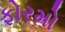
ફોરમો